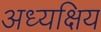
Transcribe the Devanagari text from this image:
अध्यक्षिय